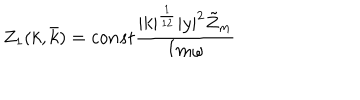
Z _ { 1 } ( k , \bar { k } ) = c o n s t \frac { | k | ^ { \frac { 1 } { 1 2 } } | y | ^ { 2 } \tilde { Z } _ { m } } { I m \omega }